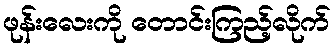
ဖုန်းလေးကို တောင်းကြည့်လိုက်